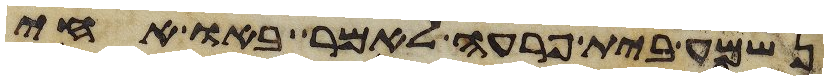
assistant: נשמע בית פרעה לאמר באו אחי